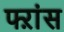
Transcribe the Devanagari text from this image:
फ्ऱांस